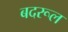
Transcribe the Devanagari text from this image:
बदरूल